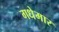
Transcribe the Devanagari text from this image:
गधेमार